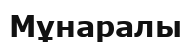
Мұнаралы